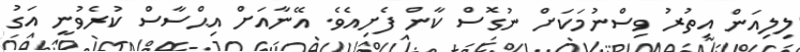
ލިލިއަން އިތުރު ވިސްނުމަކަށް ނުގޮސް ކާން ފެށިއެވެ. އޭނާއަށް އިޙްސާސް ކުރެވުނީ އަގު